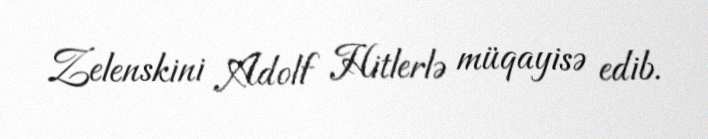
Zelenskini Adolf Hitlerlə müqayisə edib.